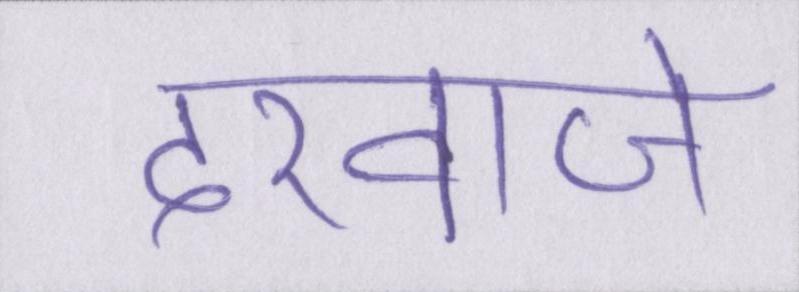
दरवाजे